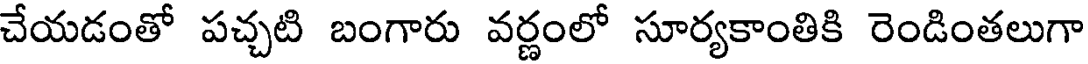
చేయడంతో పచ్చటి బంగారు వర్ణంలో సూర్యకాంతికి రెండింతలుగా